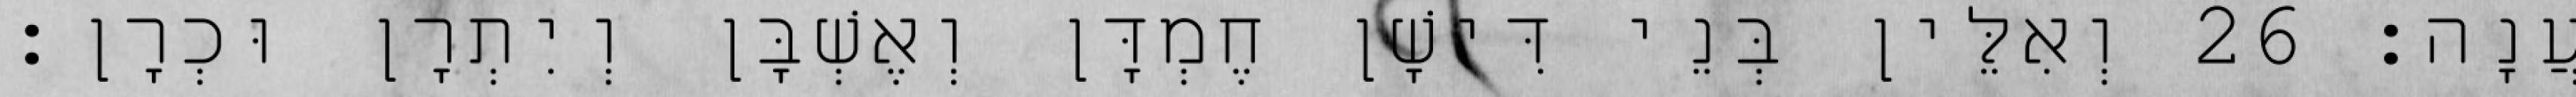
עֲנָה׃ 26 וְאִלֵּין בְּנֵי דִּישָׁן חֶמְדָּן וְאֶשְׁבָּן וְיִתְרָן וּכְרָן׃